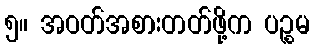
၅။ အဝတ်အစားတတ်ဖို့က ပဉ္စမ